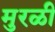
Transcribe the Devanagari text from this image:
मुरळी